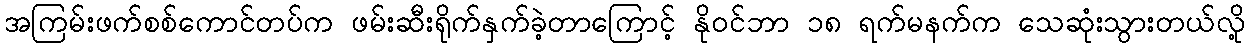
အကြမ်းဖက်စစ်ကောင်တပ်က ဖမ်းဆီးရိုက်နှက်ခဲ့တာကြောင့် နိုဝင်ဘာ ၁၈ ရက်မနက်က သေဆုံးသွားတယ်လို့